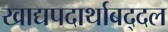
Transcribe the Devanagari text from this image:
खाद्यपदार्थाबद्दल